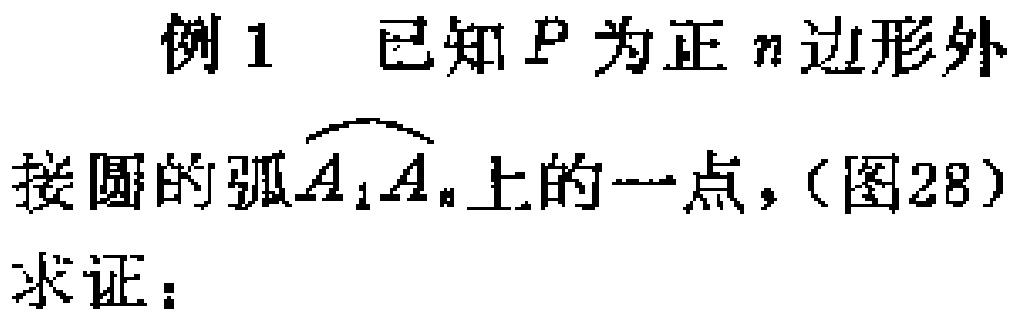
例1 已知\(P\)为正\(n\)边形外接圆的弧\(\overset{\frown}{A_{1}A_{n}}\)上的一点，(图28)
求证：